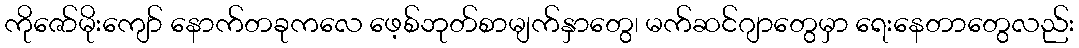
ကိုဇော်မိုးကျော် နောက်တခုကလေ ဖေ့စ်ဘုတ်စာမျက်နှာတွေ၊ မက်ဆင်ဂျာတွေမှာ ရေးနေတာတွေလည်း